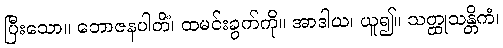
ပြီးသော။ ဘောဇနပါတိံ၊ ထမင်းခွက်ကို။ အာဒါယ၊ ယူ၍။ သတ္ထုသန္တိကံ၊